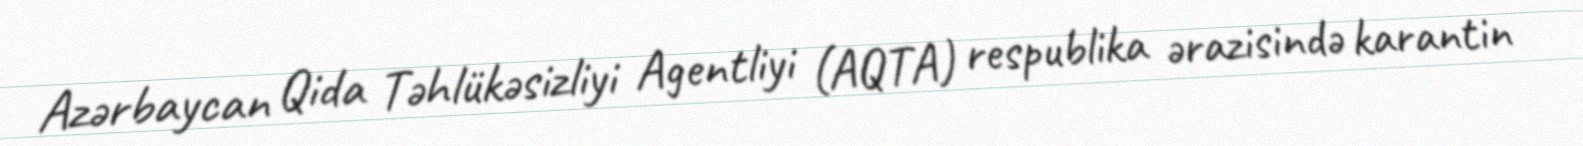
Azərbaycan Qida Təhlükəsizliyi Agentliyi (AQTA) respublika ərazisində karantin